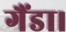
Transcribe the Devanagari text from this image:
गैंडा।